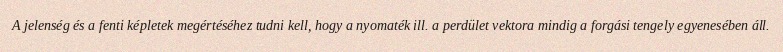
A jelenség és a fenti képletek megértéséhez tudni kell, hogy a nyomaték ill. a perdület vektora mindig a forgási tengely egyenesében áll.